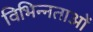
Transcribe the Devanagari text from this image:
विभिन्‍नताओं